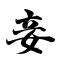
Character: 妾